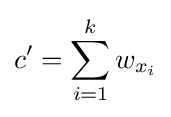
c'=\sum _{i=1}^{k}w_{x_{i}}